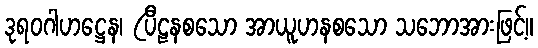
ဒုရဝဂါဟဋ္ဌေန၊ (ပီဠနစသော အာယူဟနစသော သဘောအားဖြင့်။